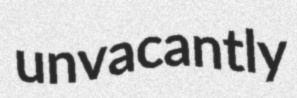
unvacantly